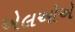
એલઓએ